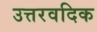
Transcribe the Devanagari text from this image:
उत्तरवदिक